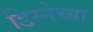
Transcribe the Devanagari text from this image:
डिस्नेच्या